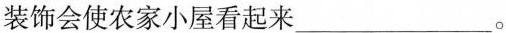
装饰会使农家小屋看起来___。